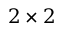
2 \times 2